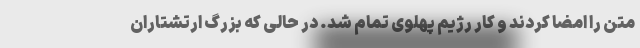
متن را امضا کردند و کار رژیم پهلوی تمام شد. در حالی که بزرگ ارتشتاران